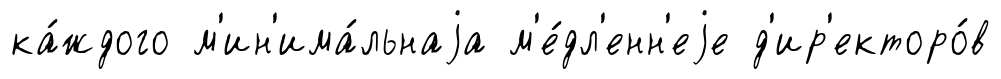
ка́ждого м'ин'има́льнаjа м'е́дл'енн'еjе д'ир'екторо́в